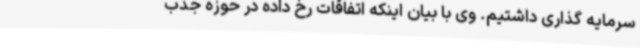
سرمایه‌ گذاری داشتیم. وی با بیان اینکه اتفاقات رخ داده در حوزه جذب